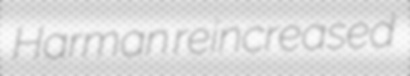
Harman reincreased